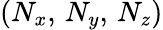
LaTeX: (N_{x},\, N_{y},\, N_{z})